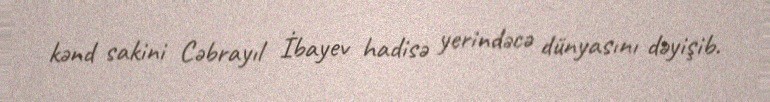
kənd sakini Cəbrayıl İbayev hadisə yerindəcə dünyasını dəyişib.